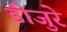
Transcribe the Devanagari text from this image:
डीजुरे